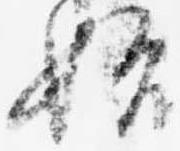
始